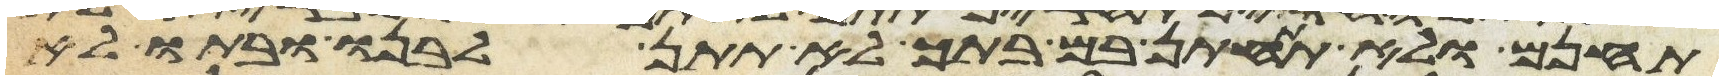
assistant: תחנם ולא תתחתן בם בתך לא תתן לבנו ובתו לא